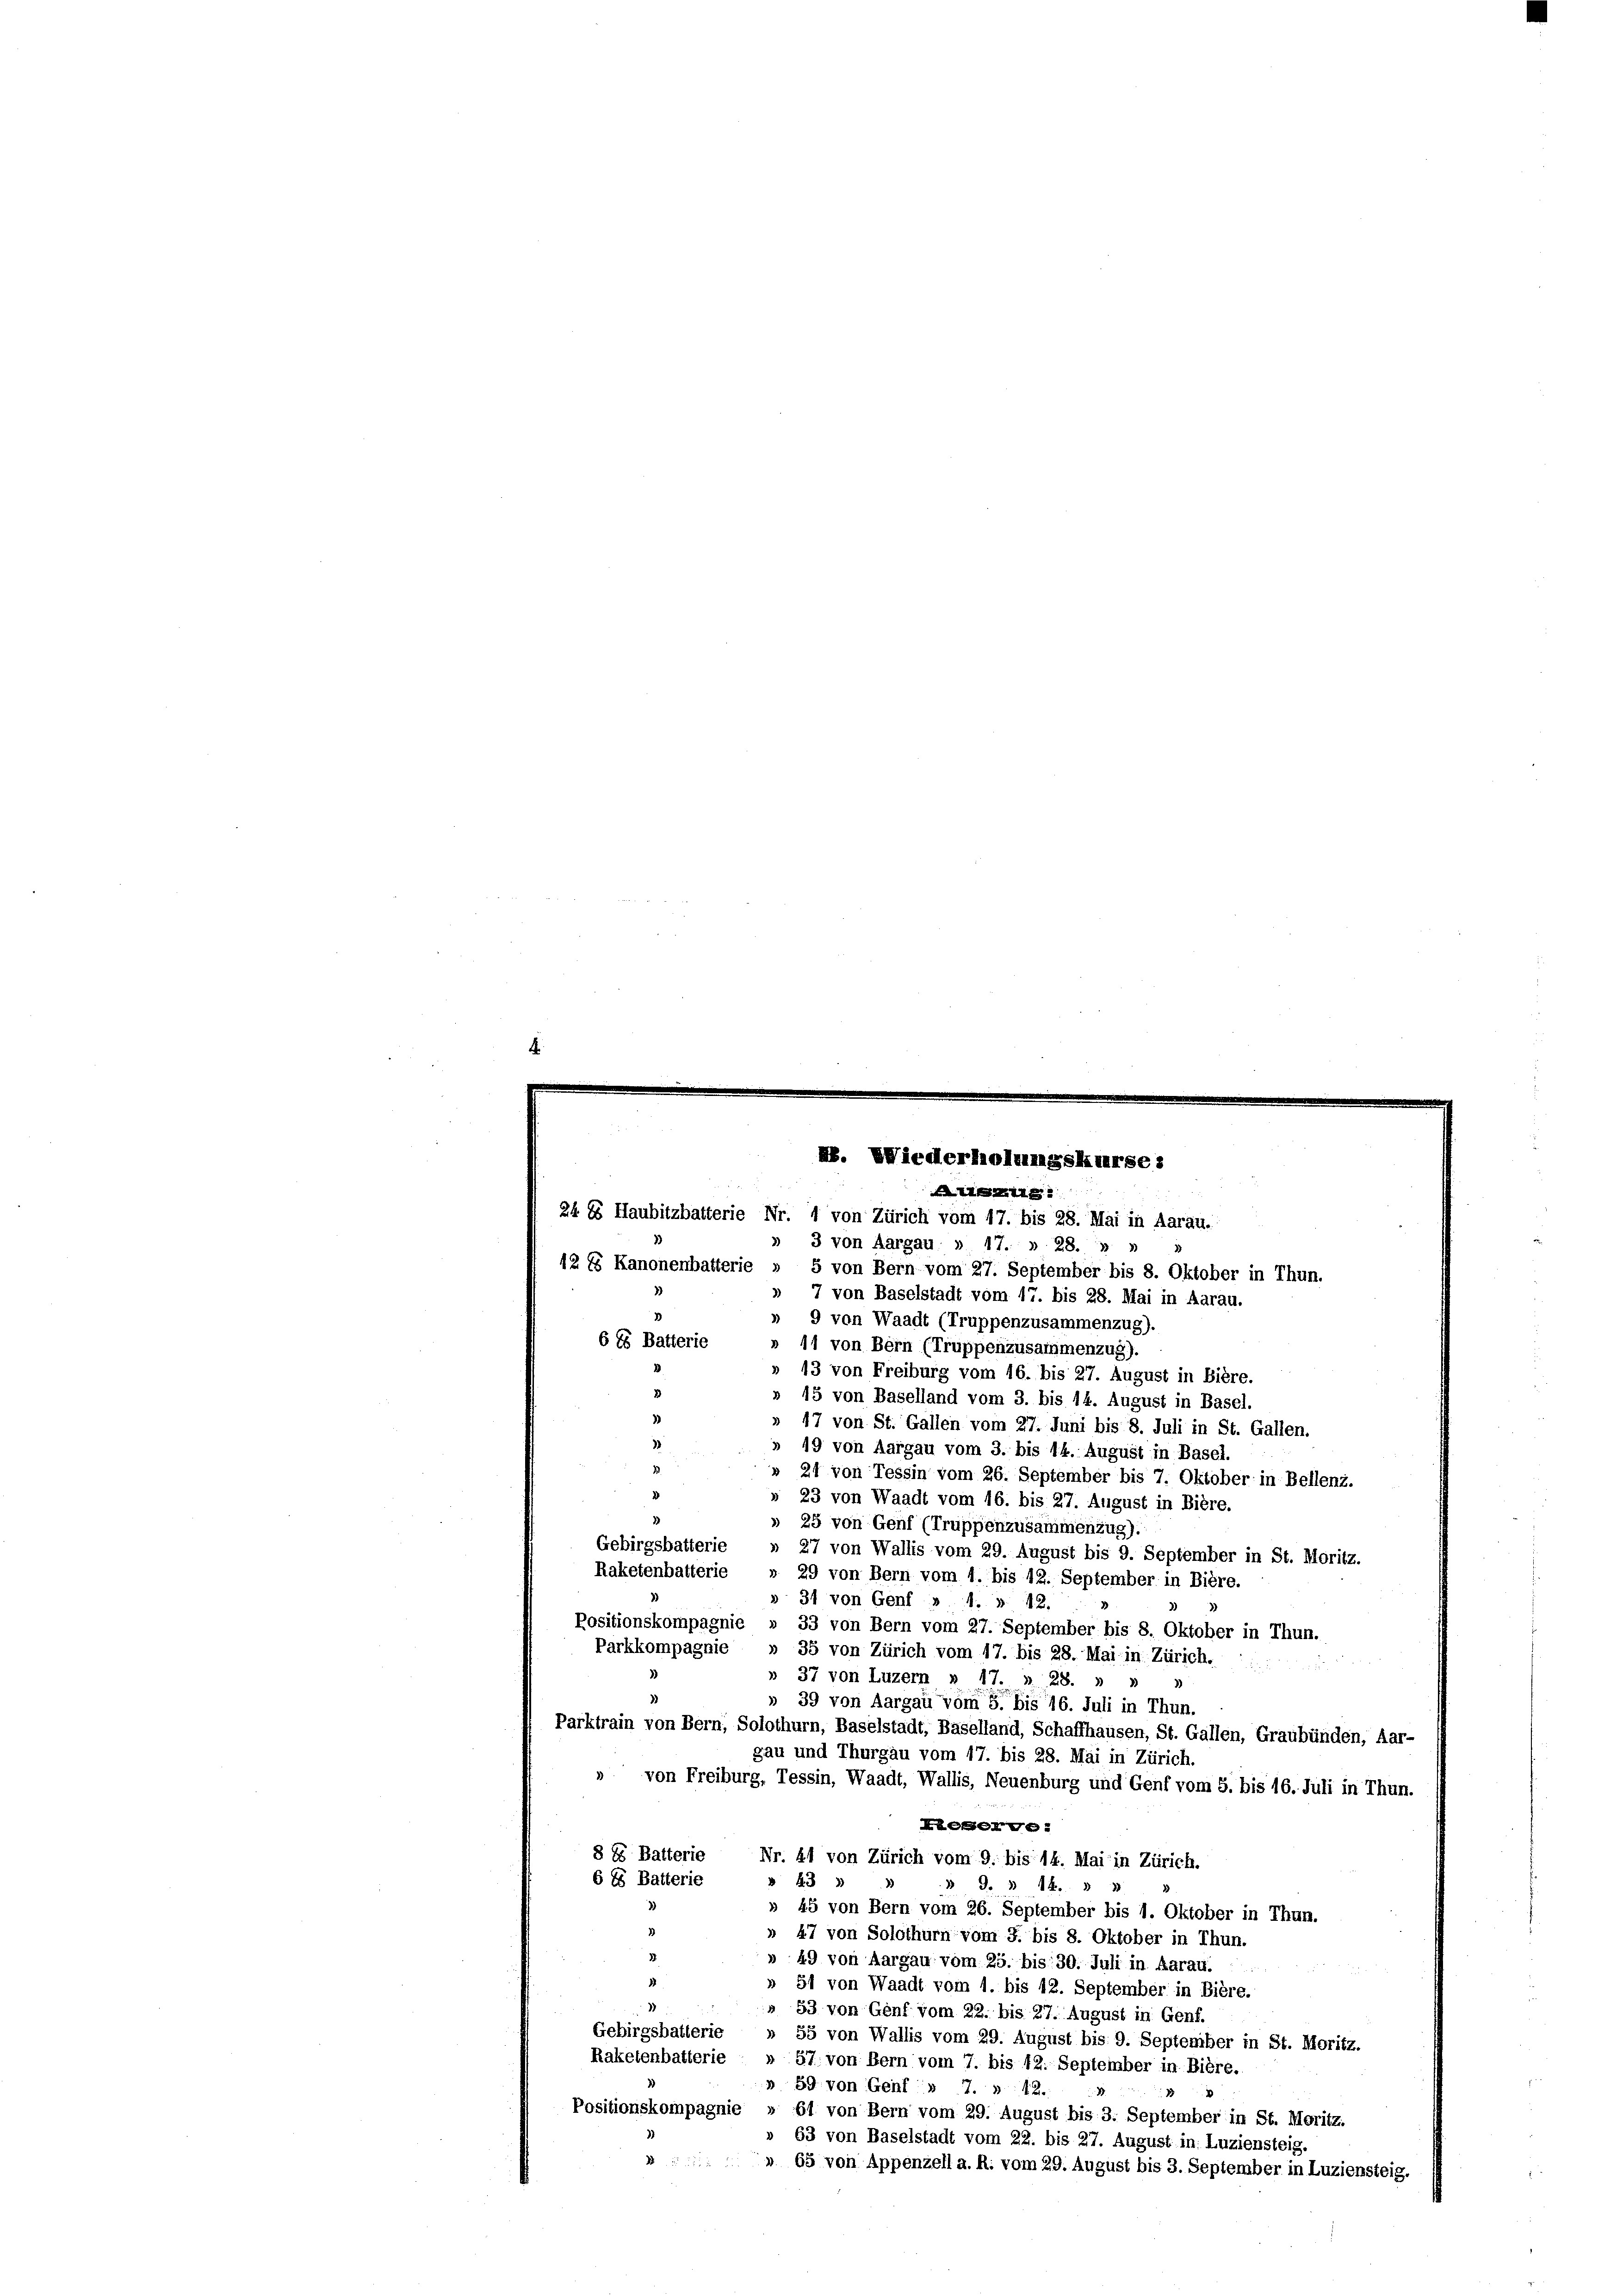
24 Es Haubitzbatterie Nr. 1 von Zürich vom 17. bis 28. Mai in Aarau.
» 3 von Aargau » 17. » 28.
42. Es Kanonenbatterie » 5 von Bern vom 27. September bis 8. Oktober in Thun.
» 7 von Baselstadt vom 17. bis 28. Mai in Aarau.
» 9 von Waadt (Truppenzusammenzug).
6 Es Batterie
» 11 von Bern (Truppenzusammenzug).
» 43 von Freiburg vom 16. bis 27. August in Bière.
» 15 von Baselland vom 3. bis 14. August in Basel.
3)
» 17 von St. Gallen vom 27. Juni bis 8. Juli in St. Gallen.
3
19 von Aargau vom 3. bis 14. August in Basel.
» 21 von Tessin vom 26. September bis 7. Oktober in Bellenz.
» 23 von Waadt vom 16. bis 27. August in Bière.
» 25 von Genf (Truppenzusammenzug).
Gebirgsbatterie » 27 von Wallis vom 29. August bis 9. September in St. Moritz.
Raketenbatterie » 29 von Bern vom 1. bis 12. September in Bière.
31 von Genf » 1. 12.
Positionskompagnie » 33 von Bern vom 27. September bis 8. Oktober in Thun.
Parkkompagnie » 35 von Zürich vom 17. bis 28. Mai in Zürich.
» 37 von Luzern n 17. u 28.
» 39 von Aargau vom 5. bis 16. Juli in Thun.
Parktrain von Bern, Solothurn, Baselstadt, Baselland, Schaffhausen, St. Gallen, Graubünden, Aar-
gau und Thurgau vom 17. bis 28. Mai in Zürich.
» von Freiburg, Tessin, Waadt, Wallis, Neuenburg und Genf vom 5. bis 16. Juli in Thun.
Kieserve
8 E Batterie
Nr. 41 von Zürich vom 9. bis 14. Mai in Zürich.
6 85 Batterie
43
J. » 14.
» 45 von Bern vom 26. September bis 1. Oktober in Thun.
3
» 47 von Solothurn vom 3. bis 8. Oktober in Thun.
» 49 von Aargau vom 25. bis 30. Juli in Aarau.
» 51 von Waadt vom 1. bis 12. September in Bière.
» 53 von Genf vom 22. bis 27. August in Genf.
Gebirgsbatterie » 55 von Wallis vom 29. August bis 9. September in St. Moritz.
Raketenbatterie » 57. von Bern vom 7. bis 12. September in Bière.
» 59. von Genf » 7. » 12.
Positionskompagnie » 61 von Bern vom 29. August bis 3. September in St. Moritz.
63 von Baselstadt vom 22. bis 27. August in Luziensteig.
» » 65 von Appenzell a. R. vom 29. August bis 3. September in Luziensteig.

RB. Wiederholungskurse:
g